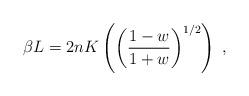
LaTeX: \begin{align*}\beta L=2nK\left(\left(\frac{1-w}{1+w}\right)^{1/2}\right)\;,\end{align*}